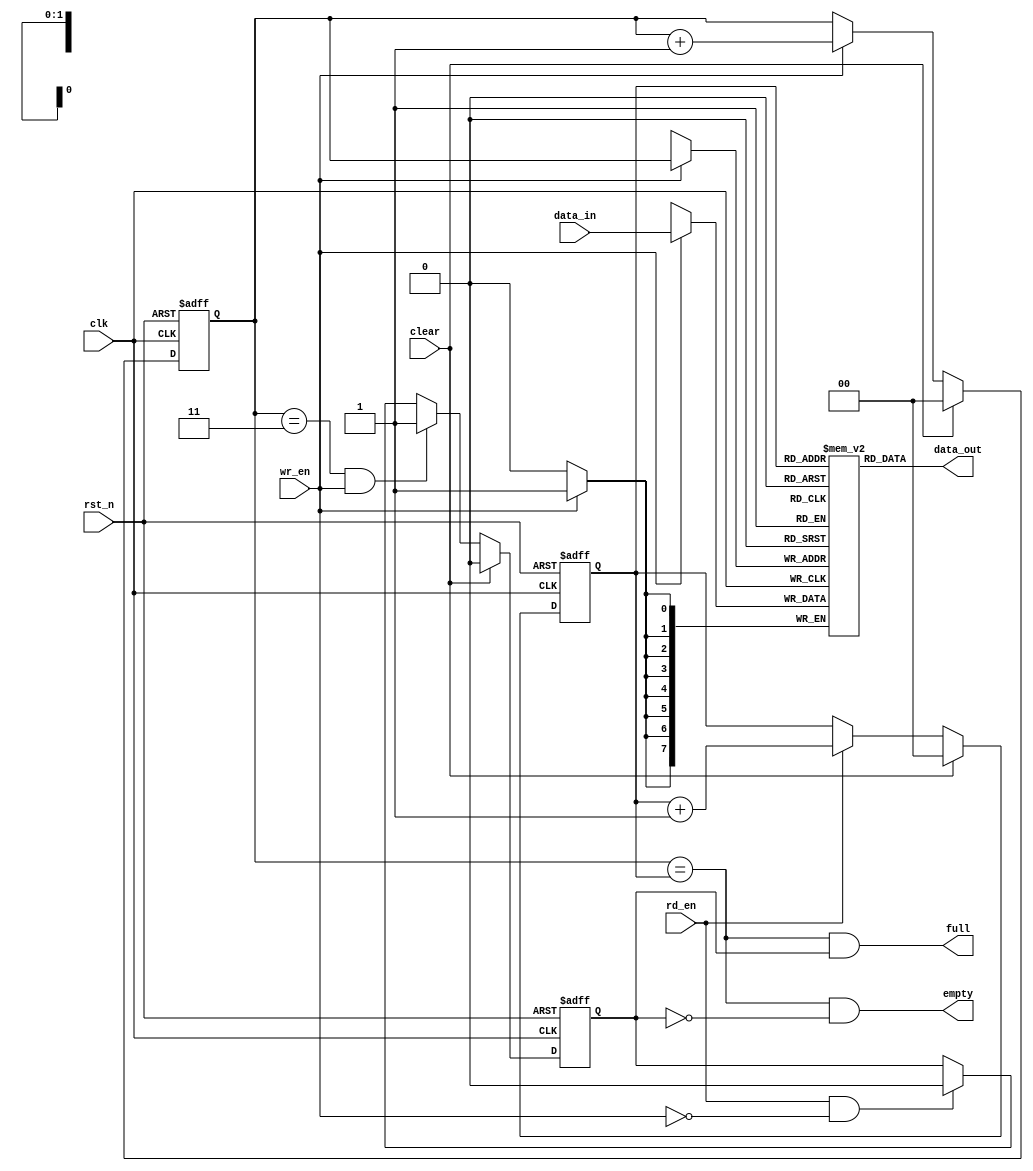
// ------------
// FIRST INPUT - FIRST OUTPUT (FIFO)
//
// PARAMETERS:
//             WIDTH - width for one data packet
//             DEPTH - max amount of data packets for storage
// ------------
module fifo   
#(parameter WIDTH = 8,
  parameter DEPTH = 4)
(
 // SYSTEM SIGNALS
 input                rst_n,    // global reset (async)
 input                clk,      // global clock

 // DATA BUSES
 input  [WIDTH - 1:0] data_in,  // input data bus
 output [WIDTH - 1:0] data_out, // output data bus

 // CONTROL SIGNALS
 input                clear,    // clear all memory
 input                wr_en,    // write enable
 input                rd_en,    // read enable
 
 output               full,     // full FIFO flag
 output               empty     // empty FIFO flag
 );

  // ------------
  // Local parameters
  localparam POINT_WIDTH = $clog2(DEPTH);
    
  // ------------
  // Internal registers
  reg [WIDTH       - 1:0]   mem [DEPTH - 1:0]; // fifo memory
  reg [POINT_WIDTH - 1:0]   wr_point;          // write pointer
  reg [POINT_WIDTH - 1:0]   rd_point;          // read pointer
  reg                       over;              // over memory
  
  // ------------
  // MODULE IMPLEMENTATION

  // ------------
  // WRITE POINTER HANDLER
  always @ ( posedge clk or negedge rst_n ) begin
    if ( rst_n == 1'b0  ) begin
      wr_point <= { (POINT_WIDTH){1'b0} };
    end else if ( clear ) begin
      wr_point <= { (POINT_WIDTH){1'b0} };
    end else if ( wr_en ) begin
      wr_point <= wr_point + 1'b1;
    end
  end
  // ------------

  // ------------
  // READ POINTER HANDLER
  always @ ( posedge clk or negedge rst_n ) begin
    if ( rst_n == 1'b0  ) begin
      rd_point <= { (POINT_WIDTH){1'b0} };
    end else if ( clear ) begin
      rd_point <= { (POINT_WIDTH){1'b0} };
    end else if ( rd_en ) begin
      rd_point <= rd_point + 1'b1;
    end
  end
  // ------------

  // ------------
  // WRITE DATA IN FIFO
  always @ ( posedge clk ) begin
    if ( wr_en ) begin
      mem[ wr_point ] <= data_in;
    end
  end
  // ------------

  // ------------
  // READ DATA & STATUS
  assign data_out = mem[ rd_point ];
  assign empty    = ( wr_point == rd_point ) && !over;
  assign full     = ( wr_point == rd_point ) &&  over;

  // ------------
  // OVER MEMORY
  always @ ( posedge clk or negedge rst_n ) begin
    if ( rst_n == 1'b0 ) begin
      over <= 1'b0;
    end else if ( clear ) begin
      over <= 1'b0;
    end else if ( (wr_point == (DEPTH - 1)) && wr_en ) begin
      over <= 1'b1;
    end else if ( rd_en && !wr_en ) begin
      over <= 1'b0;
    end
  end // always @ ( posedge clk or negedge rst_n )
  // ------------
  
endmodule // fifo
// ------------